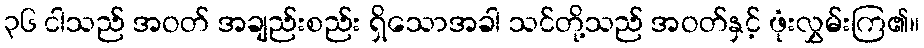
၃၆ ငါသည် အဝတ် အချည်းစည်း ရှိသောအခါ သင်တို့သည် အဝတ်နှင့် ဖုံးလွှမ်းကြ၏။